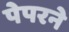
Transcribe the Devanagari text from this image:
पेपरने